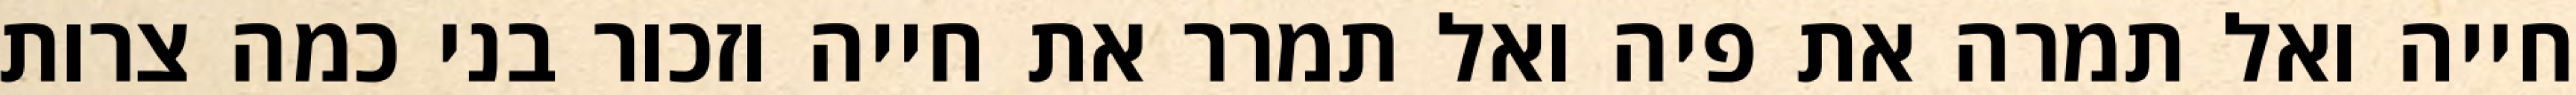
חייה ואל תמרה את פיה ואל תמרר את חייה וזכור בני כמה צרות